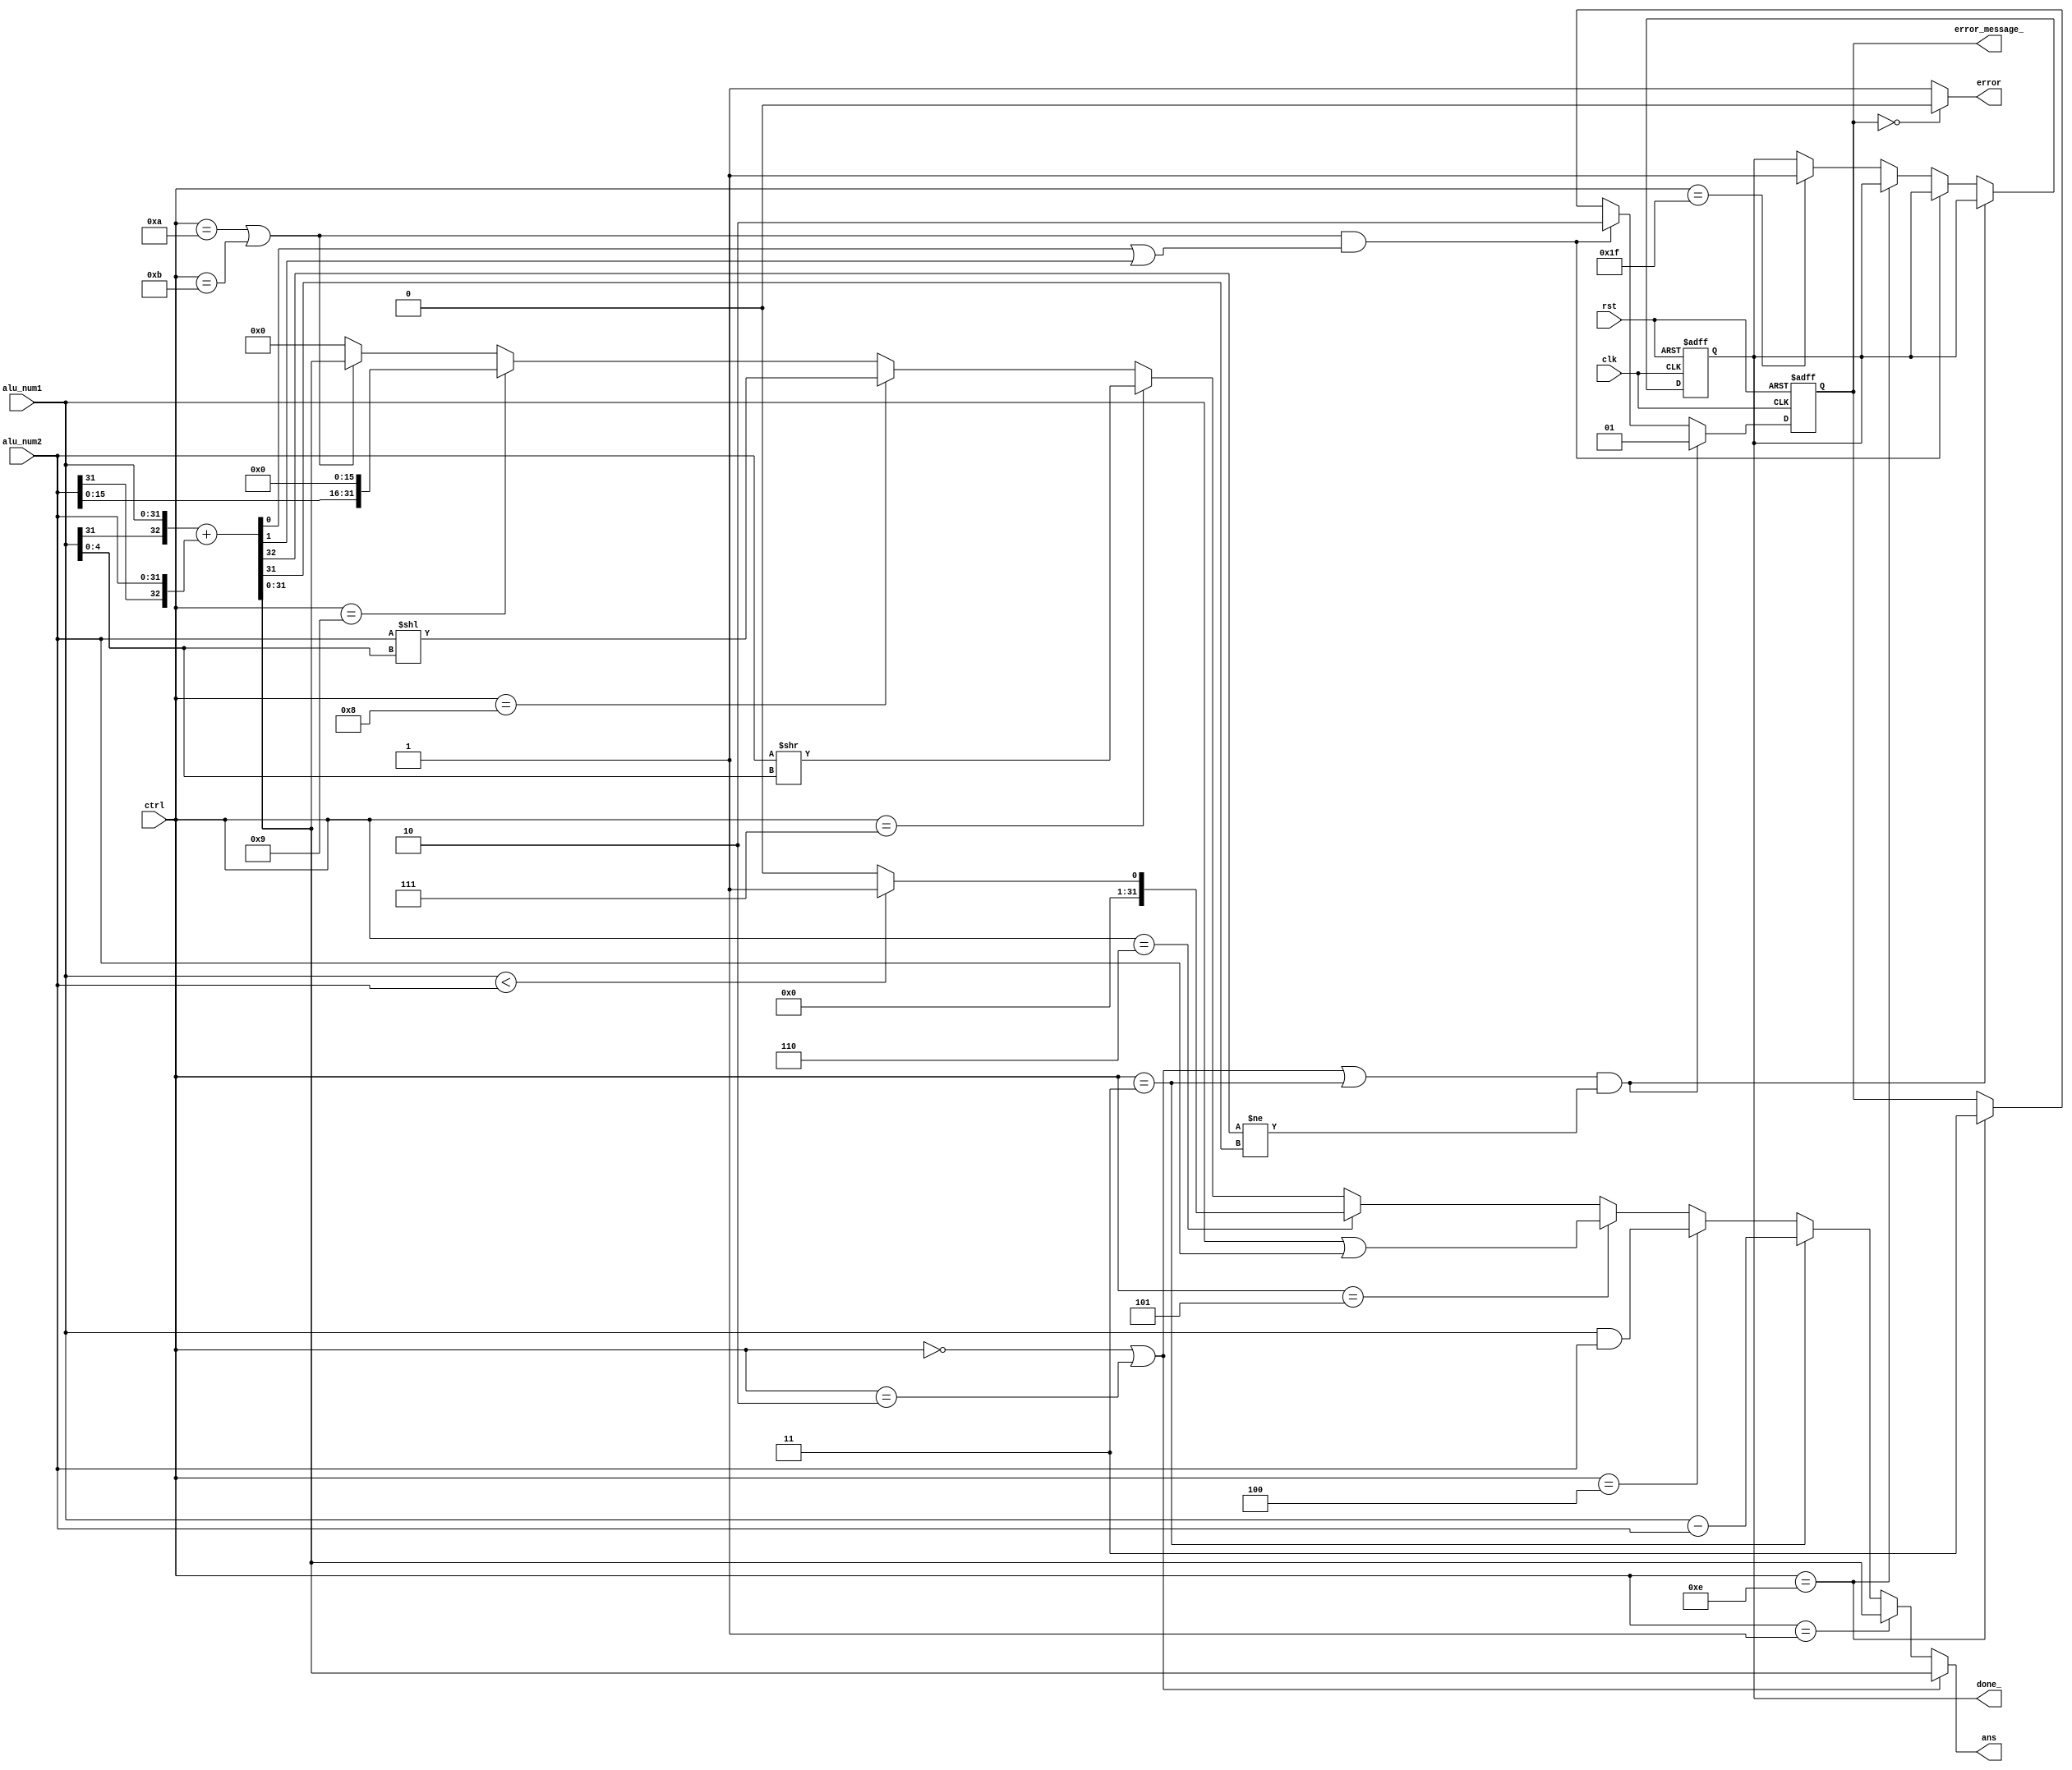
`timescale 1ns / 1ps

module alu(//
    input clk,//
    input rst,
    input [4:0] ctrl,//0-ADDI 1-ADDIU 2-ADD 3-SUB 4-AND 5-OR 6-SLT 7-SRL 8-SLL 9-LUI 10-SW 11-LW 12-BEQ 13-J
    
    input [31:0] alu_num1,
    input [31:0] alu_num2,
    
    output [31:0] ans,
    output error,
    output [1:0] error_message_,//0-1-2-lw/sw3-
    output done_
    );
    reg [1:0] error_message;
    reg done;
    
    reg [31:0] s = 32'b0;
    
    wire [32:0] e_alu_num1 = {alu_num1[31],alu_num1};
    wire [32:0] e_alu_num2 = {alu_num2[31],alu_num2};
    
    wire [32:0] e_add_ans = e_alu_num1 + e_alu_num2;//
    wire [32:0] e_sub_ans = e_alu_num1 - e_alu_num2;//
    
    wire [31:0] and_ans = alu_num1 & alu_num2;
    wire [31:0] or_ans = alu_num1 | alu_num2;
    
    wire [31:0] slt_ans = alu_num1 < alu_num2 ? 32'b1:32'b0;
    
    wire [63:0] srl_64 = {s, alu_num2[31:0]} >> alu_num1[4:0];
    wire [31:0] srl_ans = srl_64[31:0];
    
    wire [31:0] sll_ans = alu_num2 << alu_num1[4:0];
    //wire [31:0] srl_ans = {s'b0,alu_num2[31:s]};
    //wire [31:0] srl_ans = {_s[s-1:0],alu_num2[31:s]};
    
    wire [31:0] lui_ans = {alu_num2[15:0],16'b0};
    
    wire [31:0] sw_lw_addr = e_add_ans[31:0];
    always @(posedge clk or negedge rst) begin
    if(!rst) begin
        done <= 1'b0;
        error_message <= 2'b0;
    end
    else if((ctrl == 0 || ctrl == 2 || ctrl == 3 )&&(e_add_ans[32] != e_add_ans[31])) error_message <= 2'b01;
    else if((ctrl == 10 || ctrl == 11) && ((sw_lw_addr[0] != 0) || (sw_lw_addr[1] != 0))) error_message <= 2'b10;
    else if(ctrl == 14) error_message <= 2'b11;
    else if(ctrl == 5'b11111) done <= 1'b1;
    end
    
    assign error = (error_message == 0) ? 0:1;
    assign done_ = done;
    assign error_message_ = error_message;
    
    assign ans = (ctrl == 0 || ctrl == 2) ? e_add_ans[31:0]:
                 (ctrl == 1) ? e_add_ans[32:0]:
                 (ctrl == 3) ? e_sub_ans[31:0]:
                 (ctrl == 4) ? and_ans:
                 (ctrl == 5) ? or_ans:
                 (ctrl == 6) ? slt_ans:
                 (ctrl == 7) ? srl_ans:
                 (ctrl == 8) ? sll_ans:
                 (ctrl == 9) ? lui_ans:
                 (ctrl == 10 || ctrl == 11) ? sw_lw_addr:32'b0;
endmodule